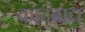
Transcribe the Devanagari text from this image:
कादंबाद्य